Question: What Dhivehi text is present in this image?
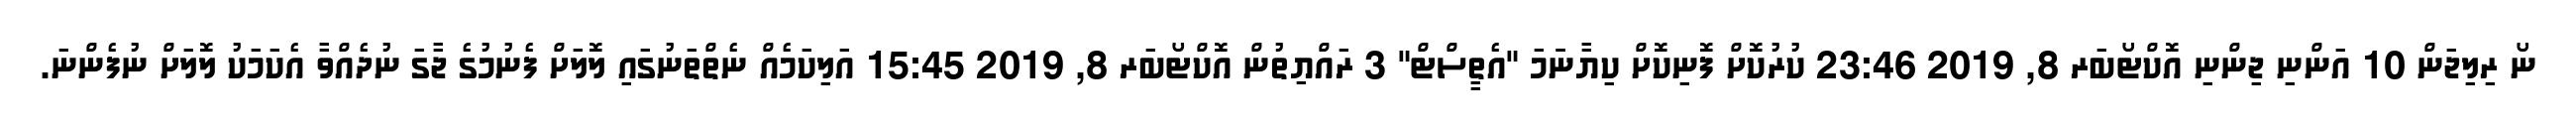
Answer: ނޯ ރިލިޖަން 10 އަންނި ޖިންނި އޮކްޓޯބަރ 8, 2019 23:46 ކުރުކޮށް ފޮނިކޮށް ކިޔާނަަަމަ "އެތީސްޓް" 3 ރައްޔިތުން އޮކްޓޯބަރ 8, 2019 15:45 އަލިކަމެއް ނެތްތަނުގައި ލޮލަށް ފެނުމުގެ ޖާގަ ނުދެއްވާ އެކަމަކު ލޮލަށް ނުފެންނަ.